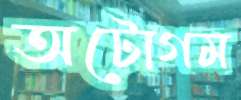
অটোগম